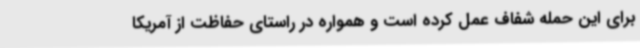
برای این حمله شفاف عمل کرده است و همواره در راستای حفاظت از آمریکا